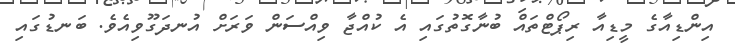
އިންޑިއާގެ މީޑިއާ ރިޕޯޓްތައް ބުނާގޮތުގައި އެ ކުއްޖާ ވިއްސަން ވަރަށް އުނދަގޫވިއެވެ. ބަނޑުގައި